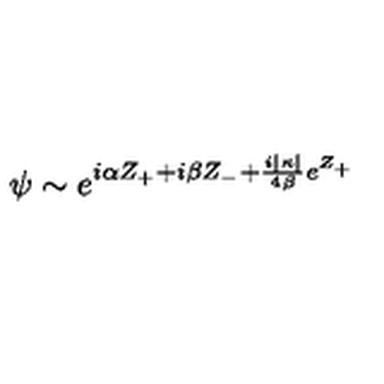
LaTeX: \psi \sim e ^ { i \alpha Z _ { + } + i \beta Z _ { - } + \frac { i | \kappa | } { 4 \beta } e ^ { Z _ { + } } }